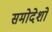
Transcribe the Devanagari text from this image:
समोदेशो